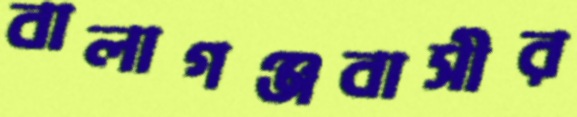
বালাগঞ্জবাসীর